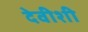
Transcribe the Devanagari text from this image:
देवीशी